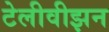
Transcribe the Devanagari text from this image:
टेलीवीझन